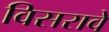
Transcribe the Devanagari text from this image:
विसरावे